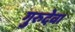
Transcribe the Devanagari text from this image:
गुरुदेवा